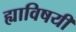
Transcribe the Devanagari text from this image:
ह्याविषयीं